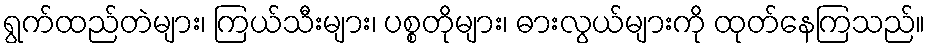
ရွက်ထည်တဲများ၊ ကြယ်သီးများ၊ ပစ္စတိုများ၊ ဓားလွယ်များကို ထုတ်နေကြသည်။